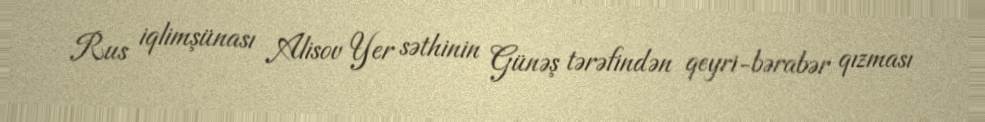
Rus iqlimşünası Alisov Yer səthinin Günəş tərəfindən qeyri-bərabər qızması